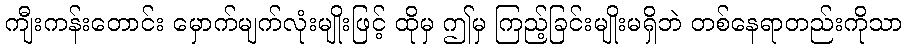
ကျီးကန်းတောင်း မှောက်မျက်လုံးမျိုးဖြင့် ထိုမှ ဤမှ ကြည့်ခြင်းမျိုးမရှိဘဲ တစ်နေရာတည်းကိုသာ